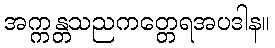
အက္ကန္တသညကတ္တေရအပဒါန။